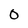
Character: 0